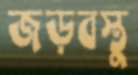
জড়বস্তু